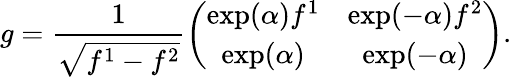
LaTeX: g=\frac{1}{\sqrt{f^{1}-f^{2}}}\left(\begin{array}{cc}{{\exp(\alpha)f^{1}}}&{{\exp(-\alpha)f^{2}}}\\ {{\exp(\alpha)}}&{{\exp(-\alpha)}}\end{array}\right).